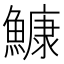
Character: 鱇